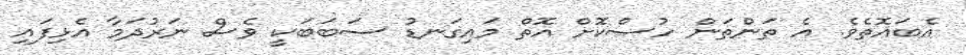
އެބައޮތެވެ. އެ ތަންތަން ހުސްކޮށް އޮތް މައިގަނޑު ސަބަބަކީ ވެސް ނަރުދަމާ އެޅިފައި